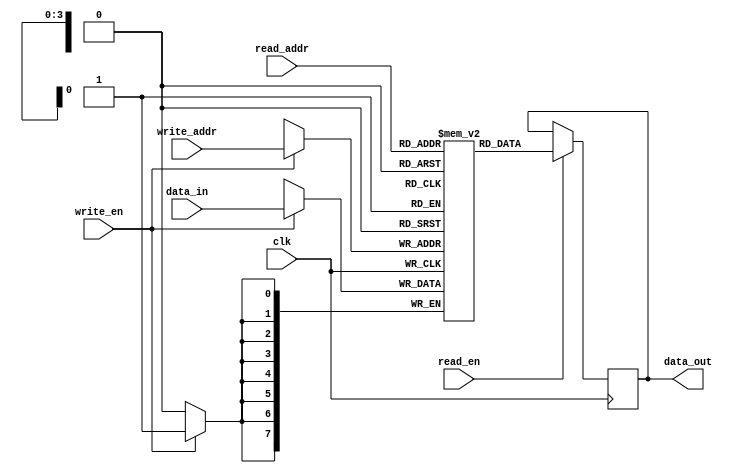
module RegisterFile #(
  parameter REG_WIDTH = 8, // Specify the bit width of each register
  parameter NUM_REGS = 16 // Specify the number of registers in the file
)(
  input wire clk, // Clock signal
  input wire read_en, // Read enable signal
  input wire write_en, // Write enable signal
  input wire [3:0] read_addr, // Address of the register to read from
  input wire [3:0] write_addr, // Address of the register to write to
  input wire [REG_WIDTH-1:0] data_in, // Data to be written to the register
  output reg [REG_WIDTH-1:0] data_out // Data read from the register
);

reg [REG_WIDTH-1:0] regs [NUM_REGS-1:0]; // Array of registers

always @(posedge clk) begin
  if (read_en) begin
    data_out <= regs[read_addr];
  end
  if (write_en) begin
    regs[write_addr] <= data_in;
  end
end

endmodule